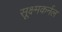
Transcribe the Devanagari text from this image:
सूक्ष्मकर्नल